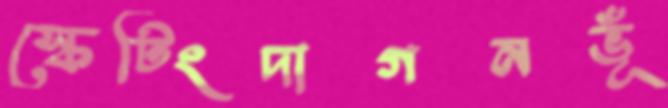
স্কেটিংদাগনভূঁ